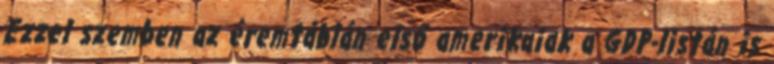
Ezzel szemben az éremtáblán első amerikaiak a GDP-listán is